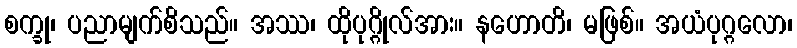
စက္ခု၊ ပညာမျက်စိသည်။ အဿ၊ ထိုပုဂ္ဂိုလ်အား။ နဟောတိ၊ မဖြစ်။ အယံပုဂ္ဂလော၊